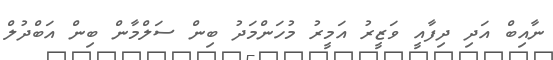
ނާއިބް އަދި ދިފާއީ ވަޒީރު އަމީރު މުހަންމަދު ބިން ސަލްމާން ބިން އަބްދުލް